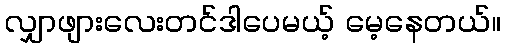
လျှာဖျားလေးတင်ဒါပေမယ့် မေ့နေတယ်။